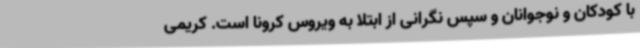
با کودکان و نوجوانان و سپس نگرانی از ابتلا به ویروس کرونا است. کریمی